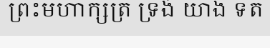
ព្រះមហាក្សត្រ ទ្រង់ យាង ទត